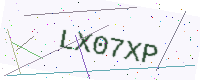
Text: LX07XP